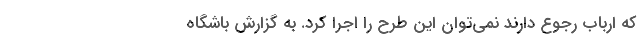
که ارباب رجوع دارند نمی‌توان این طرح را اجرا کرد. به گزارش باشگاه